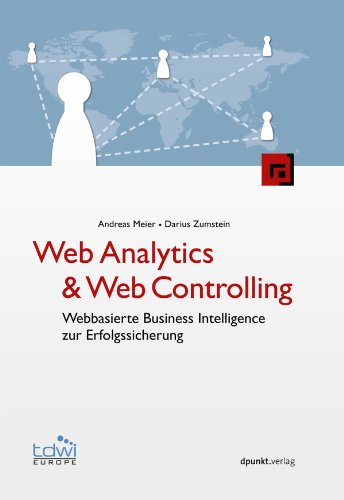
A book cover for Web Analytics & Web Controlling: Webbasierte Business Intelligence zur Erfolgssicherung (Edition TDWI) (German Edition); Andreas Meier; Computers & Technology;